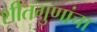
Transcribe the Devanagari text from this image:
शीतगुणांचा